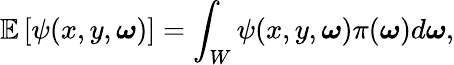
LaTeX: \mathbb{E}\left[\psi(x,y,\boldsymbol\omega)\right]=\int_{W}\psi(x,y,\boldsymbol{\omega})\pi(\boldsymbol\omega)d\boldsymbol{\omega},